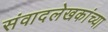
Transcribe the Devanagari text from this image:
संवादलेखकांच्या